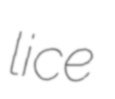
lice